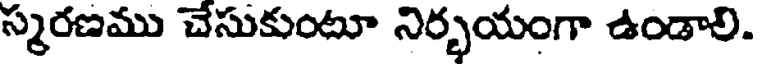
స్మరణము చేసుకుంటూ నిర్భయంగా ఉండాలి.